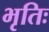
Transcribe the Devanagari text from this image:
भृतिः